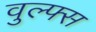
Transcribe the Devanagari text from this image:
वुल्फ्स